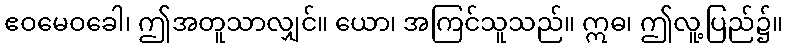
ဧဝမေဝခေါ၊ ဤအတူသာလျှင်။ ယော၊ အကြင်သူသည်။ ဣဓ၊ ဤလူ့ပြည်၌။